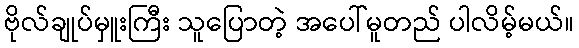
ဗိုလ်ချုပ်မှူးကြီး သူပြောတဲ့ အပေါ်မူတည် ပါလိမ့်မယ်။